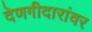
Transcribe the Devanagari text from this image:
देणगीदारांवर